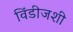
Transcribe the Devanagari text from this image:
विंडीजशी